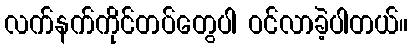
လက်နက်ကိုင်တပ်တွေပါ ဝင်လာခဲ့ပါတယ်။